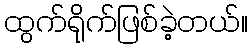
ထွက်ရိုက်ဖြစ်ခဲ့တယ်။